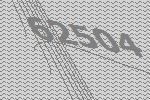
62504